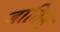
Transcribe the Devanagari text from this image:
जातिल